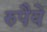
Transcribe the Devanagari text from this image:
रुपैये